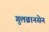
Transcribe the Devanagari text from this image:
गुलब्रानसेन